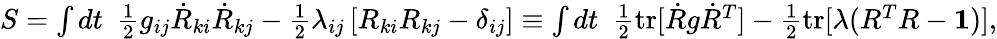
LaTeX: \begin{array}{r}{S=\int dt~~\frac 12g_{ij}\dot{R}_{ki}\dot{R}_{kj}-\frac 12\lambda_{ij}\left[R_{ki}R_{kj}-\delta_{ij}\right]\equiv\int dt~~\frac 12\mathrm{tr}[{\dot{R}g\dot{R}^{T}]-\frac 12\mathrm{tr}[\lambda(R^{T}R-{\mathbf 1})}],}\end{array}